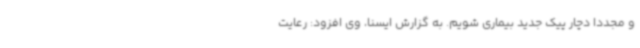
و مجددا دچار پیک جدید بیماری شویم. به گزارش ایسنا، وی افزود: رعایت